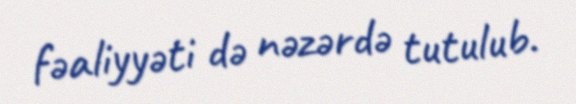
fəaliyyəti də nəzərdə tutulub.